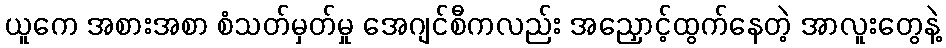
ယူကေ အစားအစာ စံသတ်မှတ်မှု အေဂျင်စီကလည်း အညှောင့်ထွက်နေတဲ့ အာလူးတွေနဲ့